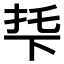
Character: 𬻙